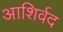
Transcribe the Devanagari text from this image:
आशिर्वद